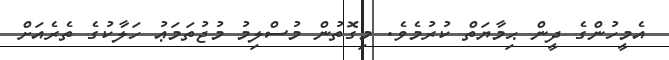
އެމީހުންގެ ދީން ޙިމާޔަތް ކުރުމެވެ. މިގޮތުން މުސްލިމު މުޖުތަމަޢު ހަލާކުގެ ތެރެއަށް